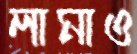
লামাও